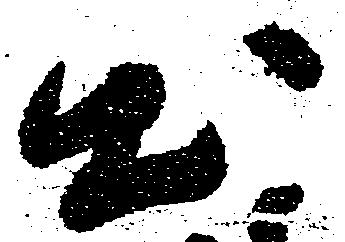
出